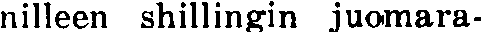
nilleen shillingin juomara-